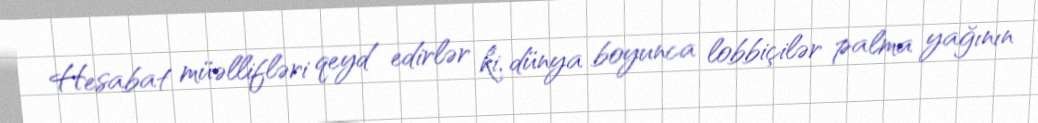
Hesabat müəllifləri qeyd edirlər ki, dünya boyunca lobbiçilər palma yağının